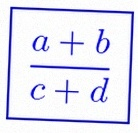
\frac{a+b}{c+d}